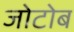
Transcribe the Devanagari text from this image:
जोटोब